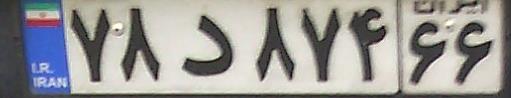
۷۸د۸۷۴۶۶